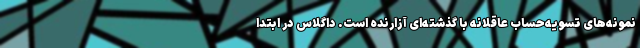
نمونه‌های تسویه‌حساب عاقلانه با گذشته‌ای آزارنده است. داگلاس در ابتدا